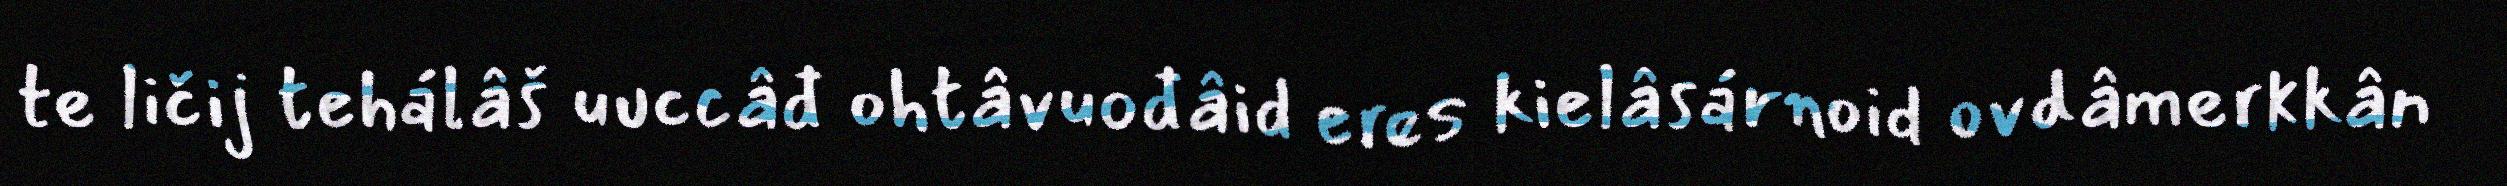
te ličij tehálâš uuccâđ ohtâvuođâid eres kielâsárnoid ovdâmerkkân